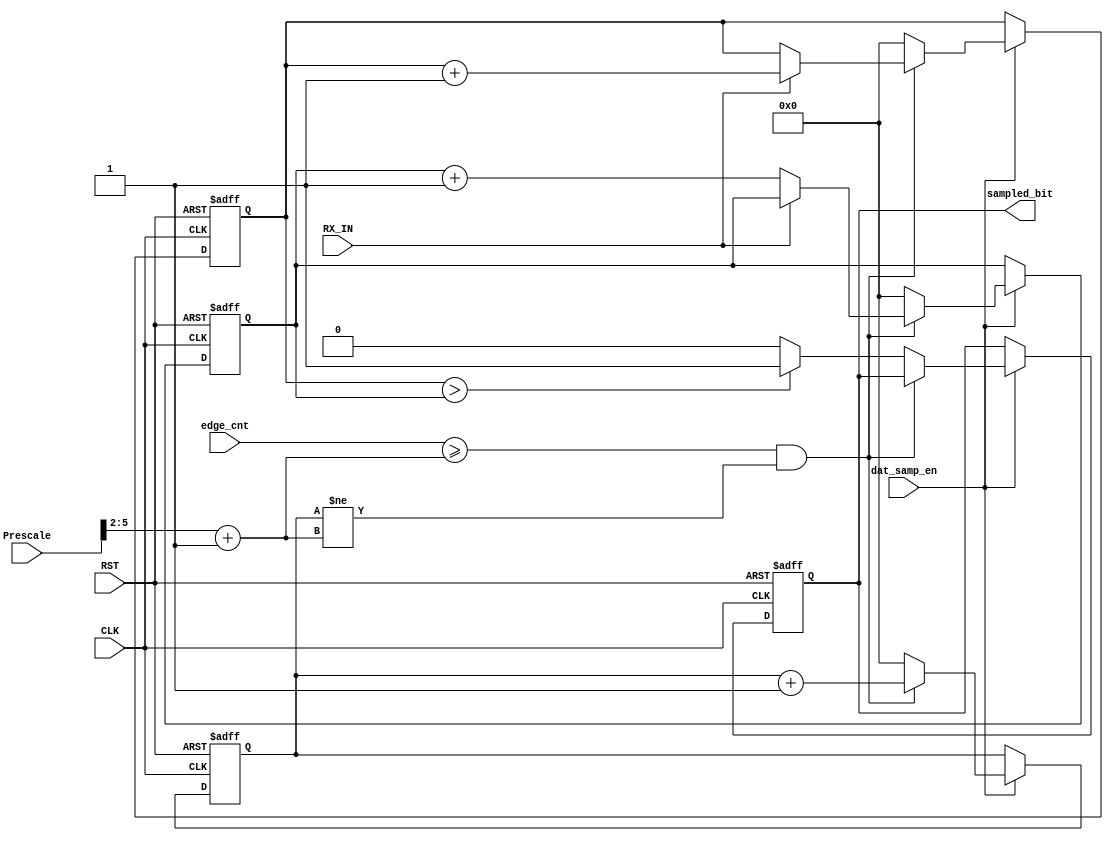
module data_sampling #(parameter PRESCALE_WIDTH = 6)
(
    input   wire    [PRESCALE_WIDTH - 1 : 0]        edge_cnt                ,
    input   wire                                    dat_samp_en             ,
    input   wire                                    RX_IN                   ,
    input   wire    [PRESCALE_WIDTH - 1 : 0]        Prescale                ,
    input   wire                                    CLK                     ,
    input   wire                                    RST                     ,

    output  reg                                     sampled_bit     
);      

/********************************************************************************************/
/********************************************************************************************/

    wire            [PRESCALE_WIDTH - 1 : 0]       num_samples              ;
    reg             [PRESCALE_WIDTH - 1 : 0]       counter                  ;
    reg             [PRESCALE_WIDTH - 1 : 0]       ones                     ;
    reg             [PRESCALE_WIDTH - 1 : 0]       zeroes                   ;

/********************************************************************************************/
/********************************************************************************************/

    assign num_samples = ( Prescale >> 2 ) + 'd1                            ;

/********************************************************************************************/
/********************************************************************************************/

    always@(posedge CLK or negedge RST)
        begin
            if(!RST)

                counter <= 'b0                                              ;
                

            else if(dat_samp_en)
                begin
                    
                    if((edge_cnt >= num_samples) && (counter != num_samples))
                    
                        counter <= counter + 'b1                            ;

                    else
                        
                        counter <= 'd0                                      ;

                end
        end

/********************************************************************************************/
/********************************************************************************************/

    always@(posedge CLK or negedge RST)
        begin

            if(!RST)
                begin
                
                    ones        <= 'b0                                      ;
                    zeroes      <= 'b0                                      ;   
                    sampled_bit <= 'b0                                      ; 
                
                end
            else if(dat_samp_en)            
                begin           

                    if((edge_cnt >= num_samples) && (counter != num_samples))           
                        begin  
                            
                            if(RX_IN)

                                ones <= ones + 'b1                          ;
                                        
                            else
                                        
                                zeroes <= zeroes + 'b1                      ; 
                        
                        end
                    else            
                        begin
                        
                            if(ones > zeroes)
                                begin
                                    
                                    sampled_bit <= 1'b1                     ;
                                    ones        <= 'b0                      ;
                                    zeroes      <= 'b0                      ;
                                
                                end
                            else
                                
                                begin
                                    
                                    sampled_bit <= 1'b0                     ;
                                    ones        <= 'b0                      ;
                                    zeroes      <= 'b0                      ;
                                
                                end  
                        end
                end

        end

endmodule